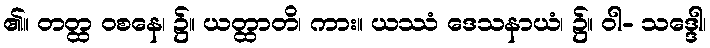
၏။ တတ္ထ ဝစနေ၊ ၌။ ယတ္ထာတိ၊ ကား။ ယဿံ ဒေသနာယံ၊ ၌။ ဝါ- သဒ္ဒေါ၊